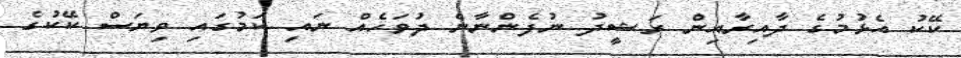
ކޭކު އެޅުމުގެ ދާއިރާއިން ރަޝީދު ނުފެންނާނެ ދުވަހެއް ނައި ކަމުގައި ވިޔަސް ކޭކުގެ